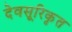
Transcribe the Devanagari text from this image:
देवसूरिकृत